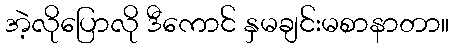
အဲ့လိုပြောလို ဒီကောင် နှမချင်းမစာနာတာ။